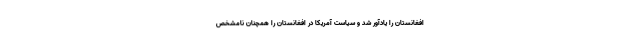
افغانستان را یادآور شد و سیاست آمریکا در افغانستان را همچنان نامشخص